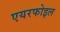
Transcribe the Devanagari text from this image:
एयरफोइल